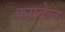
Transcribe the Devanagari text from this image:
काप्टेल